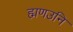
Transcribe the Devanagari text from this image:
ह्मणउनि